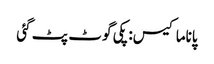
پاناما کیس: پکی گوٹ پٹ گئی